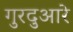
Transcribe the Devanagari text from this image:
गुरदुआरे